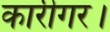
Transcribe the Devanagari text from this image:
कारीगर।